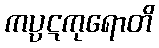
ကပ္ပဋကုရောတိ